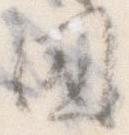
国